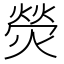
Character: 熒